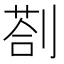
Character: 剳